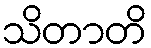
သိတာတိ